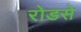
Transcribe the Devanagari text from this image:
रोडसे